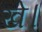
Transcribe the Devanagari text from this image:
खे।